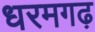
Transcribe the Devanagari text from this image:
धरमगढ़